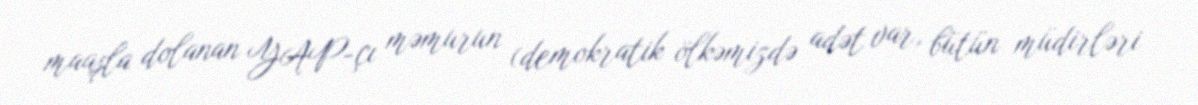
maaşla dolanan YAP-çı məmurun (demokratik ölkəmizdə adət var, bütün müdirləri